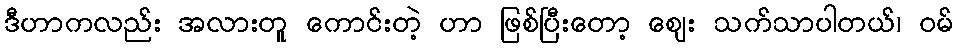
ဒီဟာကလည်း အလားတူ ကောင်းတဲ့ ဟာ ဖြစ်ပြီးတော့ ဈေး သက်သာပါတယ်၊ ဝမ်